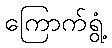
ကြောက်ရွံ့